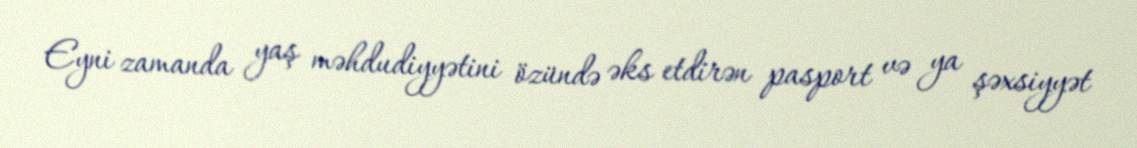
Eyni zamanda yaş məhdudiyyətini özündə əks etdirən pasport və ya şəxsiyyət